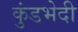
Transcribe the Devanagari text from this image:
कुंडभेदी